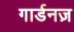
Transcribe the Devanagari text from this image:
गार्डनज़